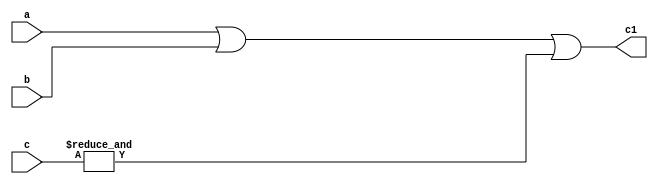
module c1_logic(input a
              , input b
              , input [7:0] c
              , output wire c1);

assign c1 = (a || b) || (&c[7:0]);

endmodule